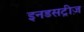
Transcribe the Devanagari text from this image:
इनडसट्रीज़